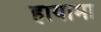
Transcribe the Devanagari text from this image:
हायामा